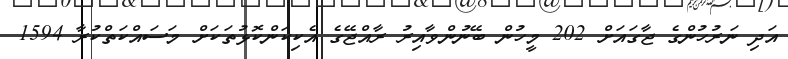
އަދި ނަރުހުންގެ ޖާގައަށް 202 މީހުން ބޭނުންވާއިރު ރާއްޖޭގެ އެކިކަންކޮޅުތަކަށް މަސައްކަތްކުރާ 1594